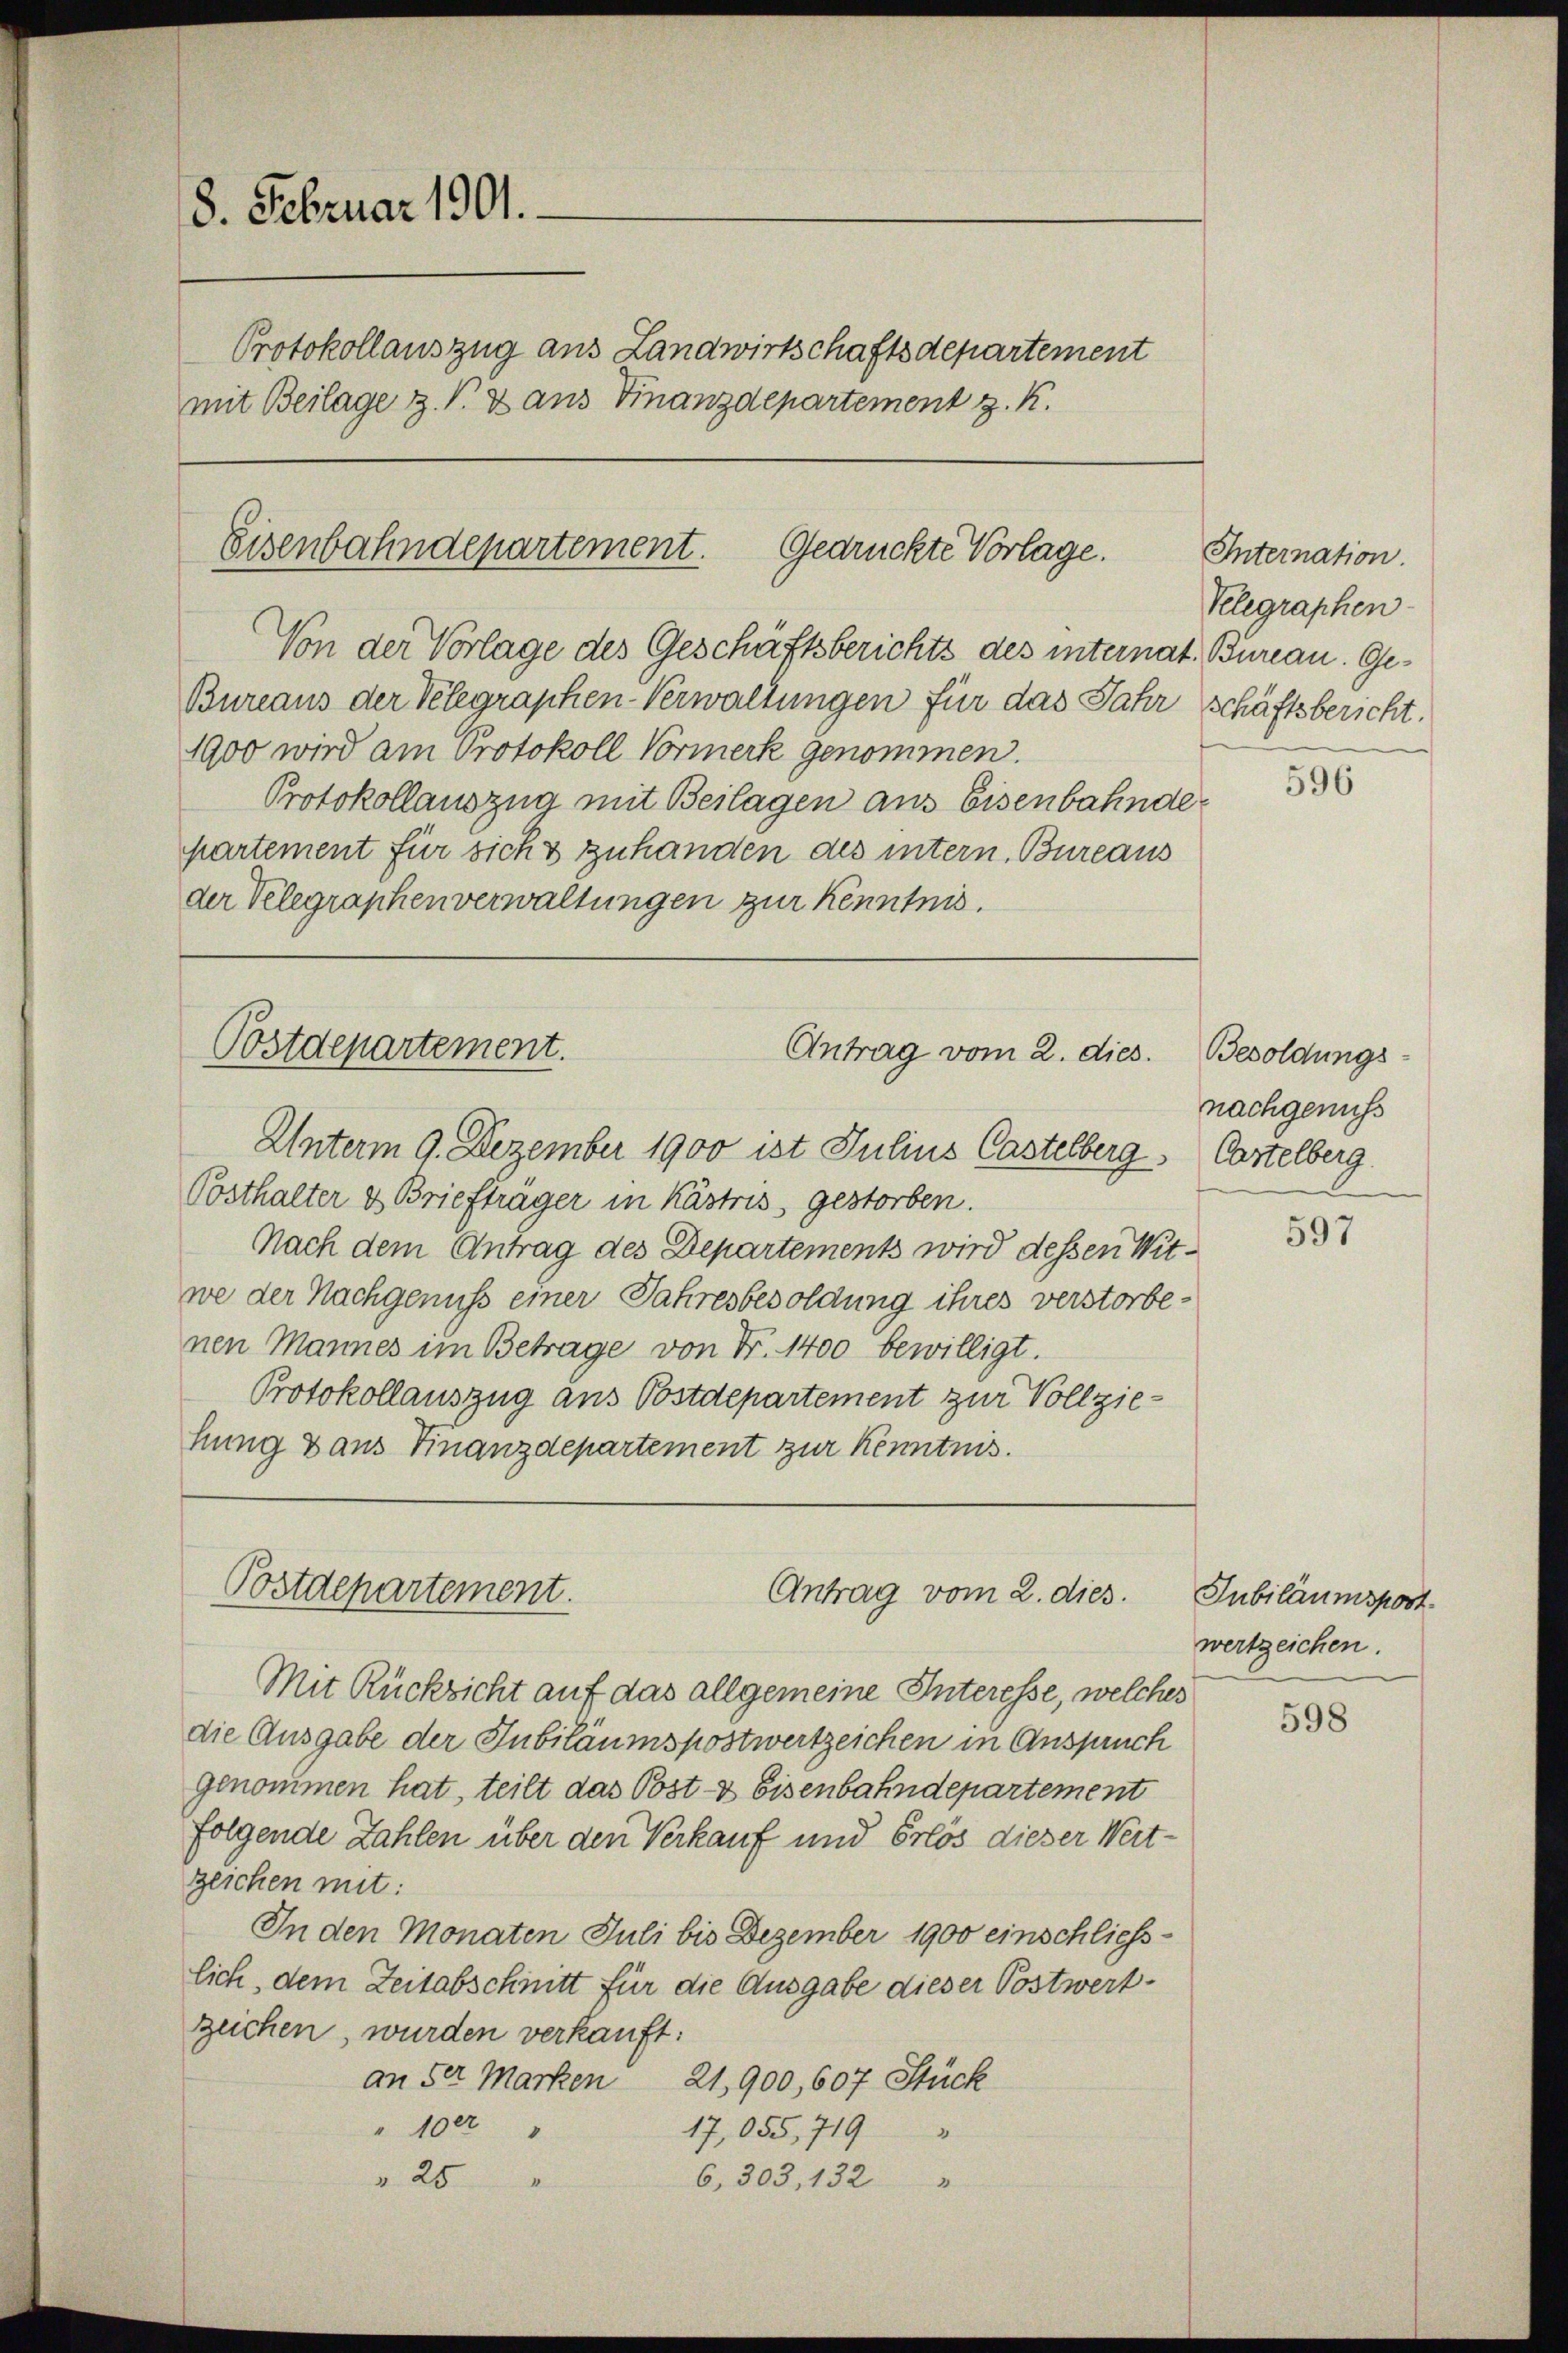
8. Februar 1901.
Protokollauszug aus Landwirtschaftsdepartement
mit Beilage z. V. & aus Finanzdepartement z. K.

Eisenbahndepartement. Gedrückte Vorlage.

Von der Vorlage des Geschäftsberichts des internat. Bureau. Ge¬

Postdepartement.
Antrag vom 2. dies.

Bostdepartement.
Antrag vom 2. dies

Bureaus der Telegraphen-Verwaltungen für das Jahr schäftsbericht.
1900 wird am Protokoll Vormerk genommen.
Protokollauszug mit Beilagen aus Eisenbahnde
partement für sicht zuhanden des intern. Bureaus
der Velegraphenverwaltungen zur Kenntnis.

Unterm 9. Dezember 1900 ist Julius Castelberg, Cartelberg
Posthalter & Briefträger in Kästris, gestorben.
Nach dem Antrag des Departements wird dessen Witwe der Nachgenuß einer Jahresbesoldung ihres verstorbenen Mannes im Betrage von Fr. 1400 bewilligt.
Protokollauszug aus Postdepartement zur Vollziehung & aus Finanzdepartement zur Kenntnis.

Mit Rücksicht auf das allgemeine Interesse, welches
die Ausgabe der Jubiläumspostwertzeichen in Anspruch
genommen hat, teilt das Post- & Eisenbahndepartement
folgende Zahlen über den Verkauf und Erlös dieser Wert-
zeichen mit:
In den Monaten Juli bis Dezember 1900 einschliess-
lich, dem Zeitabschnitt für die Ausgabe dieser Postwert-
zeichen, wurden verkauft:
an der Marken 21,900, 607 Stück
" 1002
17,055, 719
"
 25
6, 303, 132

Internation.
Velegraphen-

596

Besoldungs
nachgenuss

597

Jubiläumsport.
wertzeichen.

598